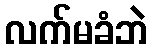
လက်မခံဘဲ